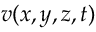
v ( x , y , z , t )